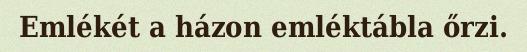
Emlékét a házon emléktábla őrzi.